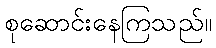
စုဆောင်းနေကြသည်။